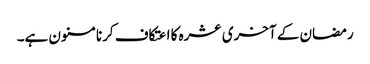
رمضان کے آخری عشرہ کا اعتکاف کرنا مسنون ہے۔